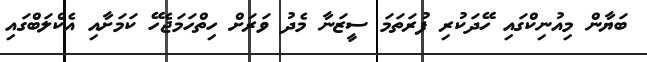
ބަޔާން މިއުނިކްގައި ހޭދަކުރި ފުރަތަމަ ސީޒަނާ މެދު ވަރަށް ހިތްހަމަޖެހޭ ކަމަށާއި އެކްލަބްގައި